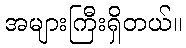
အများကြီးရှိတယ်။